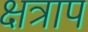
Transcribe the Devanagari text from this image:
क्षत्राप